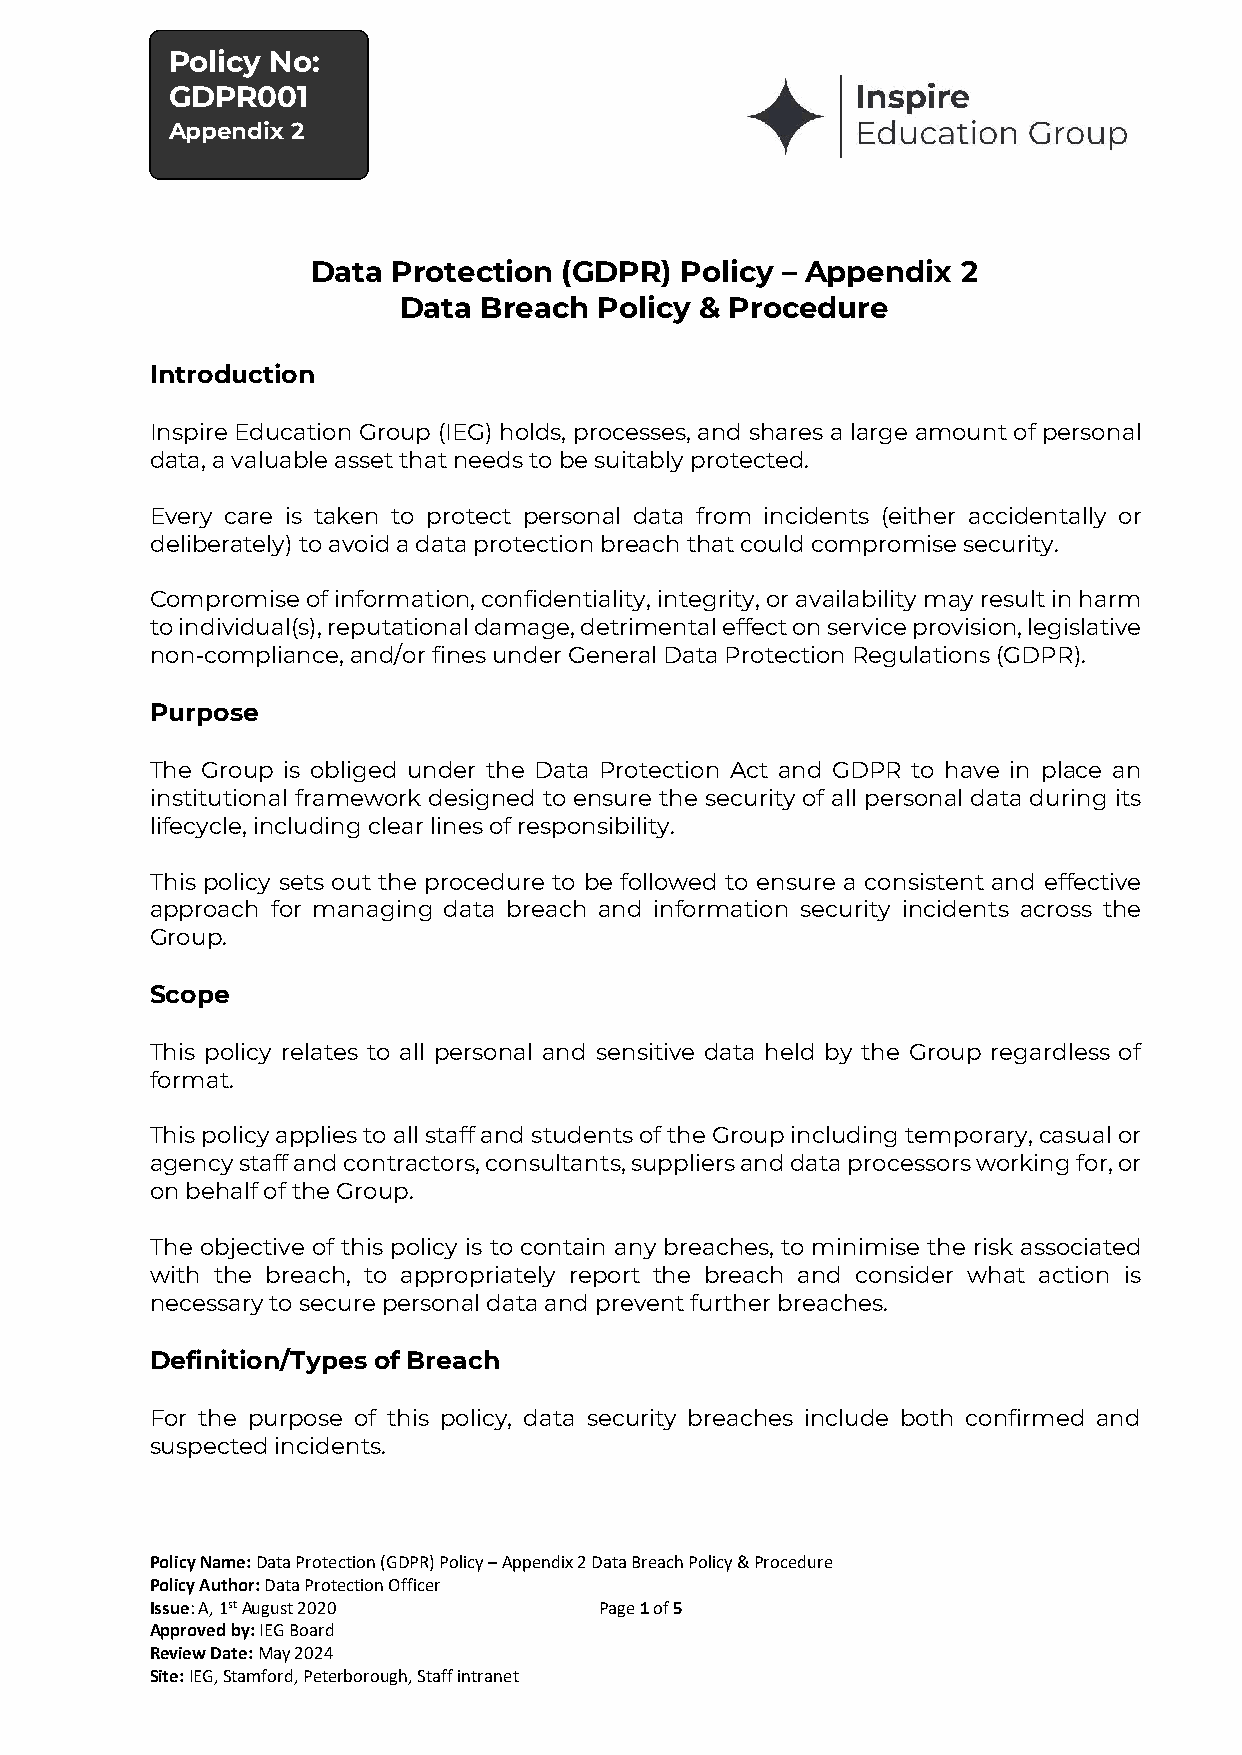
Policy No:
 GDPR001
 Appendix 2
 Data Protection (GDPR)  Policy – Appendix  2
 Data  Breach  Policy & Procedure
 Introduction
 Inspire Education Group (IEG) holds, processes, and shares a large amount of personal
 data, a valuable asset that needs to be suitably protected.
 Every care is taken to protect personal data from incidents (either accidentally or
 deliberately) to avoid a data protection breach that could compromise security.
 Compromise of information, confidentiality, integrity, or availability may result in harm
 to individual(s), reputational damage, detrimental effect on service provision, legislative
 non-compliance, and/or fines under General Data Protection Regulations (GDPR).
 Purpose
 The Group is obliged under the Data Protection Act and GDPR to have in place an
 institutional framework designed to ensure the security of all personal data during its
 lifecycle, including clear lines of responsibility.
 This policy sets out the procedure to be followed to ensure a consistent and effective
 approach for managing data breach and information security incidents across the
 Group.
 Scope
 This policy relates to all personal and sensitive data held by the Group regardless of
 format.
 This policy applies to all staff and students of the Group including temporary, casual or
 agency staff and contractors, consultants, suppliers and data processors working for, or
 on behalf of the Group.
 The objective of this policy is to contain any breaches, to minimise the risk associated
 with the breach, to appropriately report the breach and consider what action is
 necessary to secure personal data and prevent further breaches.
 Definition/Types of Breach
 For the purpose of this policy, data security breaches include both confirmed and
 suspected incidents.
 Policy Name: Data Protection (GDPR) Policy – Appendix 2 Data Breach Policy & Procedure
 Policy Author: Data Protection Officer
 Issue: A, 1st August 2020     Page 1 of 5
 Approved by: IEG Board
 Review Date: May 2024
 Site: IEG, Stamford, Peterborough, Staff intranet